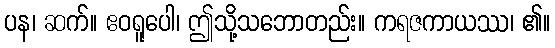
ပန၊ ဆက်။ ဧဝရူပေါ၊ ဤသို့သဘောတည်း။ ကရဇကာယဿ၊ ၏။